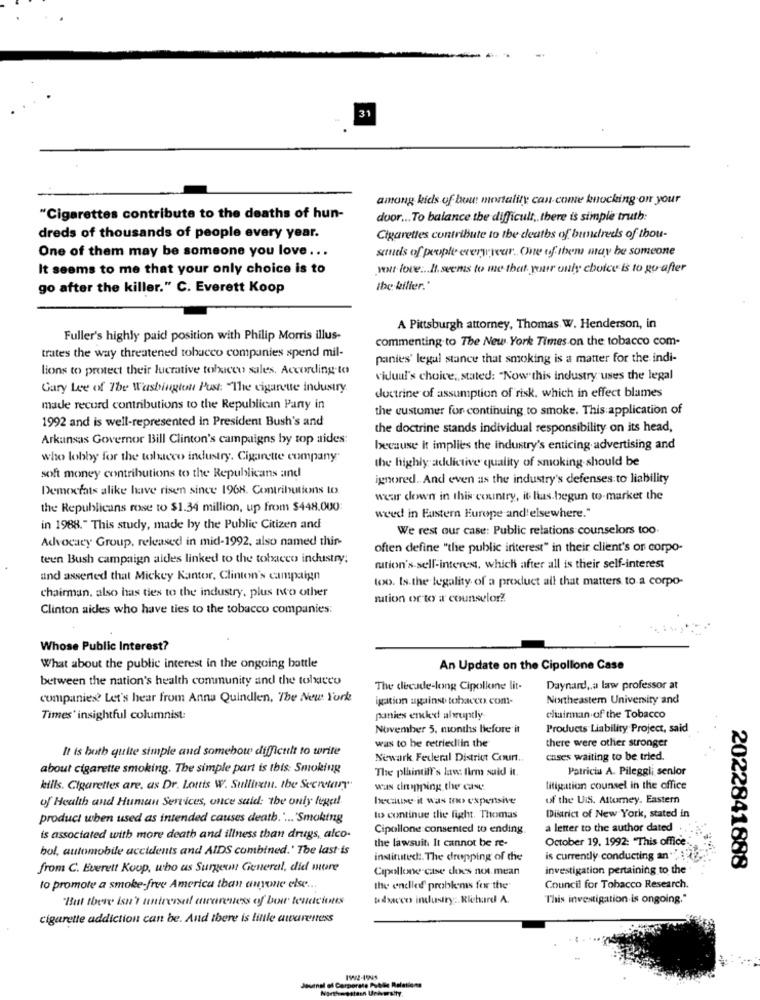
31
among kids of bow mortality can come knocking on your
"Cigarettes contribute to the deaths of hun-
door ... To balance the difficult, there is simple truth:
dreds of thousands of people every year.
Cigarettes contribute to the deaths of bundreds of thou-
One of them may be someone you love ...
setmuis of people everyyear. One of them may be someone
It seems to me that your only choice is to
your love ... It. seems to me that. your only choice is to go-after
go after the killer." C. Everett Koop
ibe killer."
A Pittsburgh attorney, Thomas W. Henderson, in
Fuller's highly paid position with Philip Morris illus-
commenting to The New York Times on the tobacco com-
trates the way threatened tobacco companies spend mil-
panies' legal stance that smoking is a matter for the indi-
lions to protect their lucrative tobacco sales. According to
vidual's choice, stated: "Now this industry uses the legal
Gary Lee of The Washington Post: "The cigarette industry.
doctrine of assumption of risk, which in effect blames
made recurd contributions to the Republican Party in
the customer for continuing to smoke. This application of
1992 and is well-represented in President Bush's and
the doctrine stands individual responsibility on its head,
Arkansas Governor Bill Clinton's campaigns by top aides:
because it implies the industry's enticing advertising and
who lobby for the tobacco industry. Cigarette company"
the highly addictive quality of smoking should be
soft money contributions to the Republicans and
ignored .. And even as the industry's defenses to liability
Democrats alike have risen since 1968. Contributions to.
waar down in this country, it has begun to-market the
the Republicans rose to $1.34 million, up from $448.000
www in Eastern Europe and elsewhere."
in 1988." This study, made by the Public Citizen and
We rest our case: Public relations counselors too
Advocacy Group, released in mid-1992, also named thin-
often define "the public interest" in their client's or corpo-
teen Bush campaign aldes linked to the tobacco industry:
nation's sell-interest, which after all is their self-interest
und asserted that Mickey Kantor, Clinton's campaign
too. Is the legality of a product all that matters to a corpo-
chairman, also has ties to the industry, plus no other
mation or to a counselor?
Clinton aides who have ties to the tobacco companies:
Whose Public Interest?
What about the public interest in the ongoing battle
An Update on the Cipollone Case
between the nation's health community and the toliceo
The decade-long Cipollone lit-
Daynard ,, a law professor at
companies? Let's hear from Anna Quindien, The New York
igation against tobacco com-
Northeastem University and
Times' insightful columnist:
panies ended abruptly
chairman of the Tobacco
November 5, months before it
Products Liability Project, said
was to be retriediin the
there were other stronger
It is both quite simple and somehow difficult to write
Newark Fecleral District Court ..
cases waiting to be tried.
about cigarette smoking. The simple part is this: Smoking
The plaintiff's law: firm said it.
Patricia A. Pileggii senior
kills. Cigarettes are. as Dr. Lottis W. Sullitxm. the Secretary"
was chipping the case
litigation counsel in the office
of Health and Human Services, once said: the only legal.
Ichise it was too expensive
of the UiS. Attorney. Eastern
product when used as intended causes death ..... "Smoking
to continue the fight. Thomas
District of New York, stated in
Cipollone consented to ending
a letter to the author dated
is associated with more death and illness than drugs, alco.
the lawsuit. It cannot be re-
October 19, 1992: "This office-
bol, automobile accidents and AIDS combined.' The last is
instituted :. The dropping of the
is currently conducting an ",
from C. Everett Koop, who as Surgem General, did more
Cipollone case does not mean
investigation pertaining to the
2022841888
to promote a smoke-free America than anyone else ..
the endlled problems for the
Council for Tobacco Research.
"But there isn't unteersel awareness of beer teuaciones
udsaccos industry :. Richard A.
This investigation is ongoing."
cigarette addiction can be. And there is little awareness
Journal of Corporate Public Relations